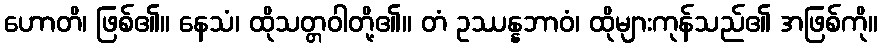
ဟောတိ၊ ဖြစ်၏။ နေသံ၊ ထိုသတ္တဝါတို့၏။ တံ ဥဿန္နဘာဝံ၊ ထိုများကုန်သည်၏ အဖြစ်ကို။